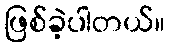
ဖြစ်ခဲ့ပါတယ်။